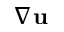
\nabla \mathbf { u }